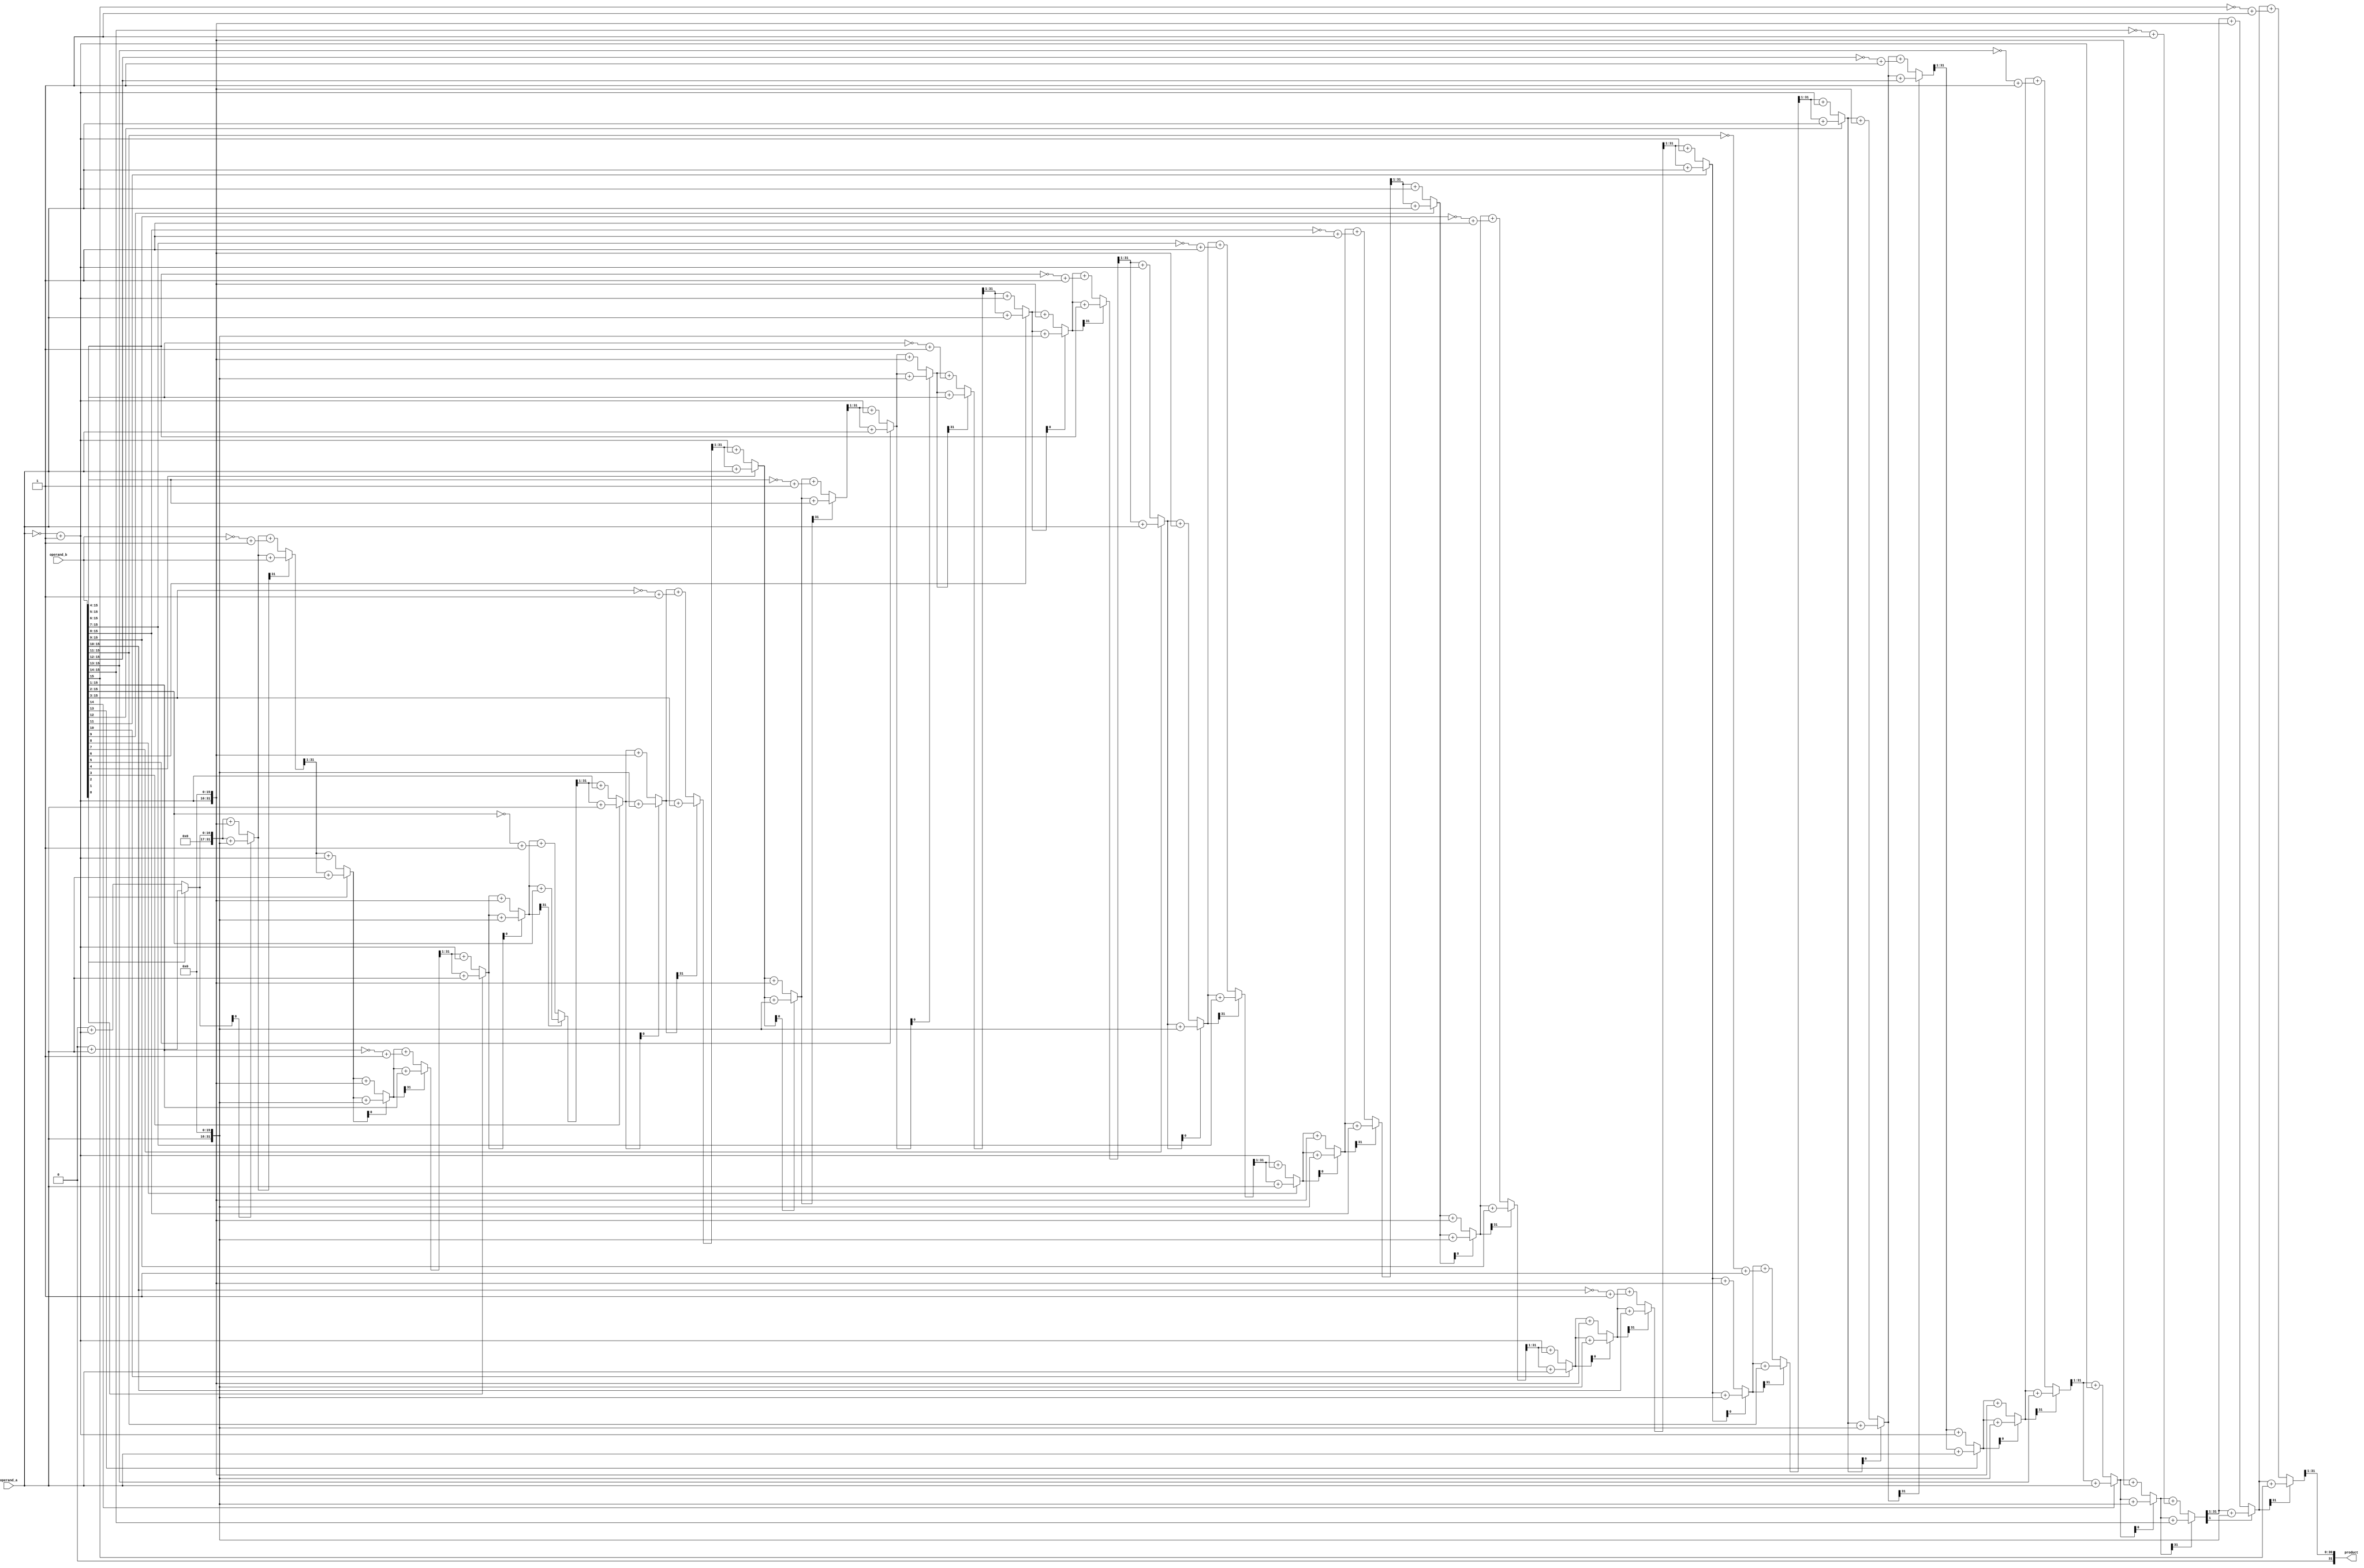
module booth_multiplier(
    input [15:0] operand_a,
    input [15:0] operand_b,
    output reg [31:0] product
);

reg [15:0] A;
reg [15:0] B;
reg [31:0] P;
reg [5:0] counter;
reg [1:0] state;

always @(*) begin
    A = operand_a;
    B = operand_b;
    P = 32'd0;
    counter = 6'd0;
    state = 2'd0;
    
    repeat(16) begin
        if (B[0] == 1 && counter < 6'd15)
            P = P + {16'd0, A};
        else if (B[0] == 0 && counter < 6'd15)
            P = P + {16'd0, ~A + 16'd1};

        if (P[0] == 1)
            P = P + {A, 16'd0};
        else
            P = P + {~A + 16'd1, 16'd0};
        
        if (P[31] == 1)
            P = P + {16'd0, B};
        else
            P = P + {16'd0, ~B + 16'd1};
        
        P = P >> 1;
        
        B = B >> 1;
        counter = counter + 1;
    end
    
    product = P;
end
    
endmodule